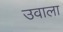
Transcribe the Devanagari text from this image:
उवाला